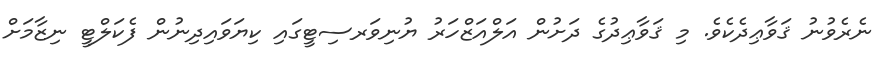
ނެރެވުނު ޤަވާޢިދެކެވެ. މި ޤަވާޢިދުގެ ދަށުން އަލްއަޒްހަރު ޔުނިވަރސިޓީގައި ކިޔަވައިދިނުން ފެކަލްޓީ ނިޒާމަށް